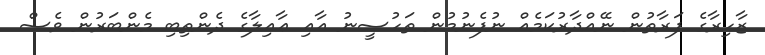
ޒާހިރާގެ ފަރާތުން ނޭއްދާރުކަމެއް ނުފެނުމުން ތަހުސީނު އާއި ޢާއިލާގެ ދެންތިބި މެންބަރުން ވެސް